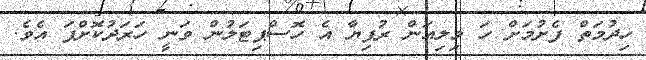
ހިދުމަތް ފެށުމަށް ހަ މިލިއަން ރުފިޔާ އެ ހޮސްޕިޓަލުން ވަނީ ހަރަދުކޮށްފަ އެވެ.